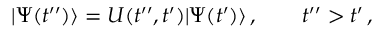
| \Psi ( t ^ { \prime \prime } ) \rangle = { \cal U } ( t ^ { \prime \prime } , t ^ { \prime } ) | \Psi ( t ^ { \prime } ) \rangle \, , \qquad t ^ { \prime \prime } > t ^ { \prime } \, ,